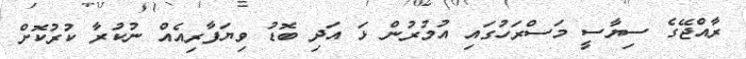
ރާއްޖޭގެ ސިޔާސީ މަސްރަހުގައި އުމުރުން ޅަ އަދި ބޮޑު ވިޔަފާރިއެއް ނުކުރާ ކުރުކޮށް